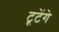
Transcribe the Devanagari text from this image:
टूटेंगे